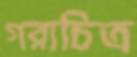
গরাচিত্র